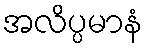
အလိပ္ပမာနံ